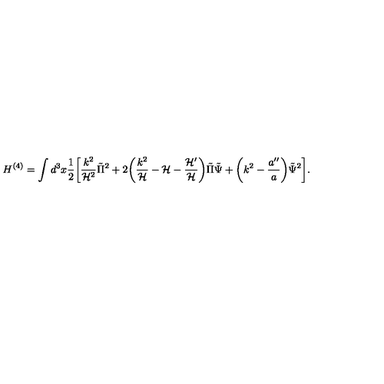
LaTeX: H ^ { ( 4 ) } = \int d ^ { 3 } x \frac { 1 } { 2 } \biggl [ \frac { k ^ { 2 } } { { \cal H } ^ { 2 } } \tilde { \Pi } ^ { 2 } + 2 \biggl ( \frac { k ^ { 2 } } { \cal H } - { \cal H } - \frac { { \cal H } ^ { \prime } } { { \cal H } } \biggr ) \tilde { \Pi } \tilde { \Psi } + \biggl ( k ^ { 2 } - \frac { a ^ { \prime \prime } } { a } \biggr ) \tilde { \Psi } ^ { 2 } \biggr ] .